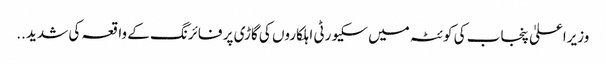
وزیراعلیٰ پنجاب کی کوئٹہ میں سکیورٹی اہلکاروں کی گاڑی پر فائرنگ کے واقعہ کی شدید ..